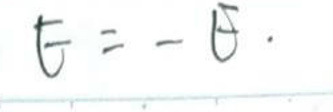
$E=-\theta.$